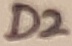
Text: D2